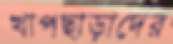
খাপছাড়াদের